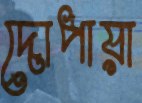
দোপায়া